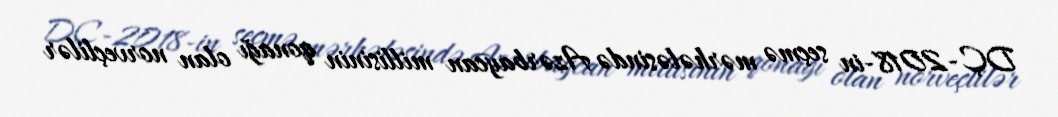
DÇ-2018-in seçmə mərhələsində Azərbaycan millisinin qonağı olan norveçlilər